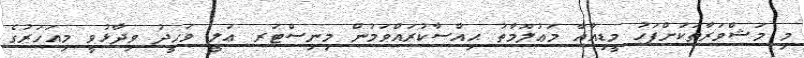
މި މަޝްވަރާތަކަށްފަހު މީޑިއާއާ މަޢުލޫމާތު ޙިއްސާކުރައްވަމުން މިނިސްޓަރ ޢަލީ ވަހީދު ވިދާޅުވީ މިއަހަރުގެ